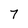
Character: 7